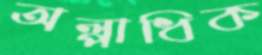
অল্পাধিক